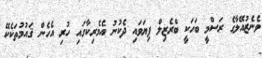
ވެނެޒުއޭލާގެ ރަސްމީ ބަހަކީ ބްރެޒިލް ފިޔަވައި ދެކުނު އެމެރިކާގައި ހުރި އެހެން ޤައުމުތަކެކޭ